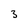
Character: 3